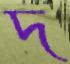
দ